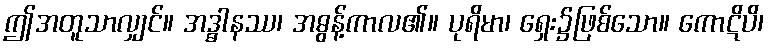
ဤအတူသာလျှင်။ အဒ္ဓါနဿ၊ အဓွန့်ကာလ၏။ ပုရိမာ၊ ရှေး၌ဖြစ်သော။ ကောဋိပိ၊